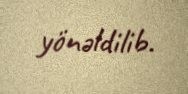
yönəldilib.